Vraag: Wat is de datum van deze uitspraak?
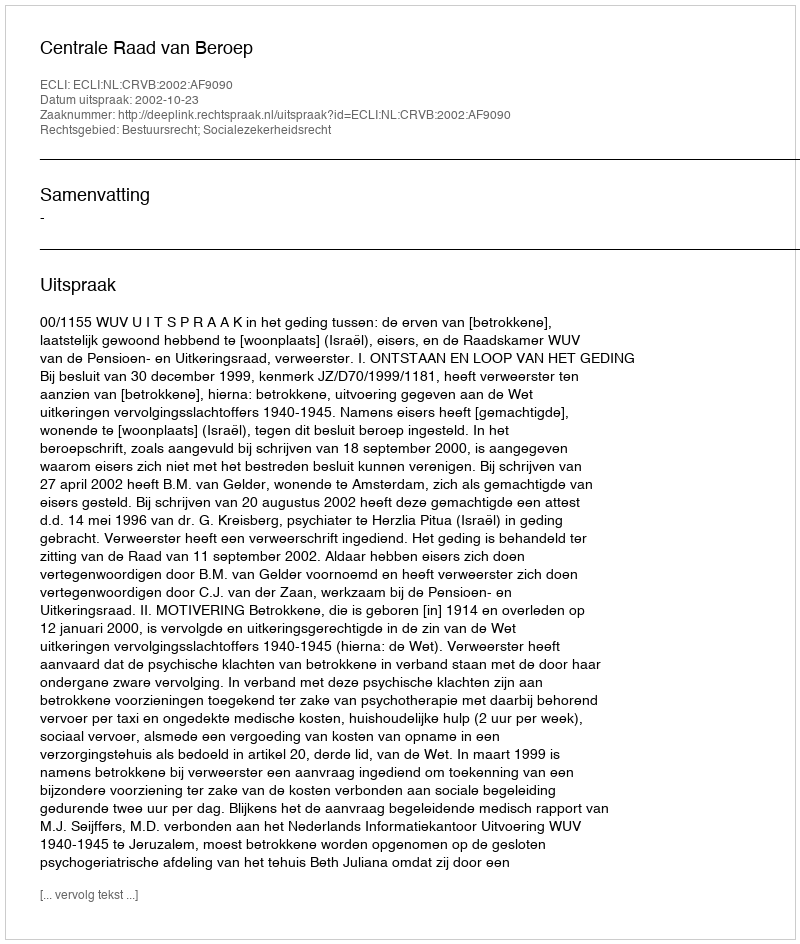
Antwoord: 2002-10-23